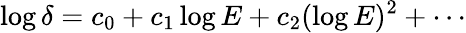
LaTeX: \log\delta=c_{0}+c_{1}\log E+c_{2}(\log E)^{2}+\cdots